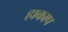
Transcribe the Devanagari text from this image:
हाकाप